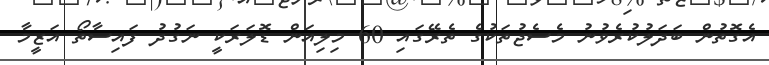
އެގޮތުން ބަދަލުކުރެވުނު މެސެޖުތަކުގެ ތެރޭގައި 60 މިލިއަން ޑޮލަރަކީ ނަގުދު ފައިސާތޯ އަޒީމާ